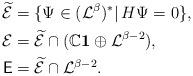
LaTeX: \begin{align*}\widetilde{\mathcal{E}}&=\{\Psi\in(\mathcal{L}^{\beta})^*|\, H\Psi=0\},\\\mathcal{E}&=\widetilde{\mathcal{E}}\cap(\mathbb{C}\mathbf{1}\oplus\mathcal{L}^{\beta-2}),\\\mathsf{E}&=\widetilde{\mathcal{E}}\cap\mathcal{L}^{\beta-2}.\end{align*}